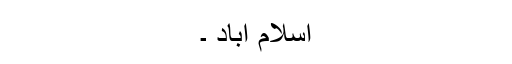
اسلام آباد ۔